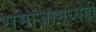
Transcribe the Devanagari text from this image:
समाजामध्येही